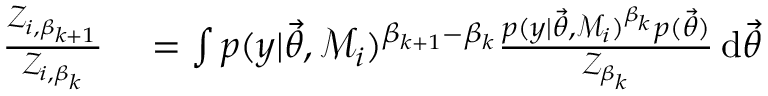
\begin{array} { r l } { \frac { \mathcal { Z } _ { i , \beta _ { k + 1 } } } { \mathcal { Z } _ { i , \beta _ { k } } } } & { { } = \int p ( y | \ensuremath { \vec { \theta } } , \mathcal { M } _ { i } ) ^ { \beta _ { k + 1 } - \beta _ { k } } \frac { p ( y | \ensuremath { \vec { \theta } } , \mathcal { M } _ { i } ) ^ { \beta _ { k } } p ( \ensuremath { \vec { \theta } } ) } { \mathcal { Z } _ { \beta _ { k } } } \, \mathrm { d } \ensuremath { \vec { \theta } } } \end{array}